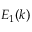
E _ { 1 } ( k )